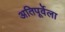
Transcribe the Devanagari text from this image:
अतिपूर्वेला